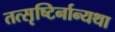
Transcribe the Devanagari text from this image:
तत्सृष्टिर्नान्यथा